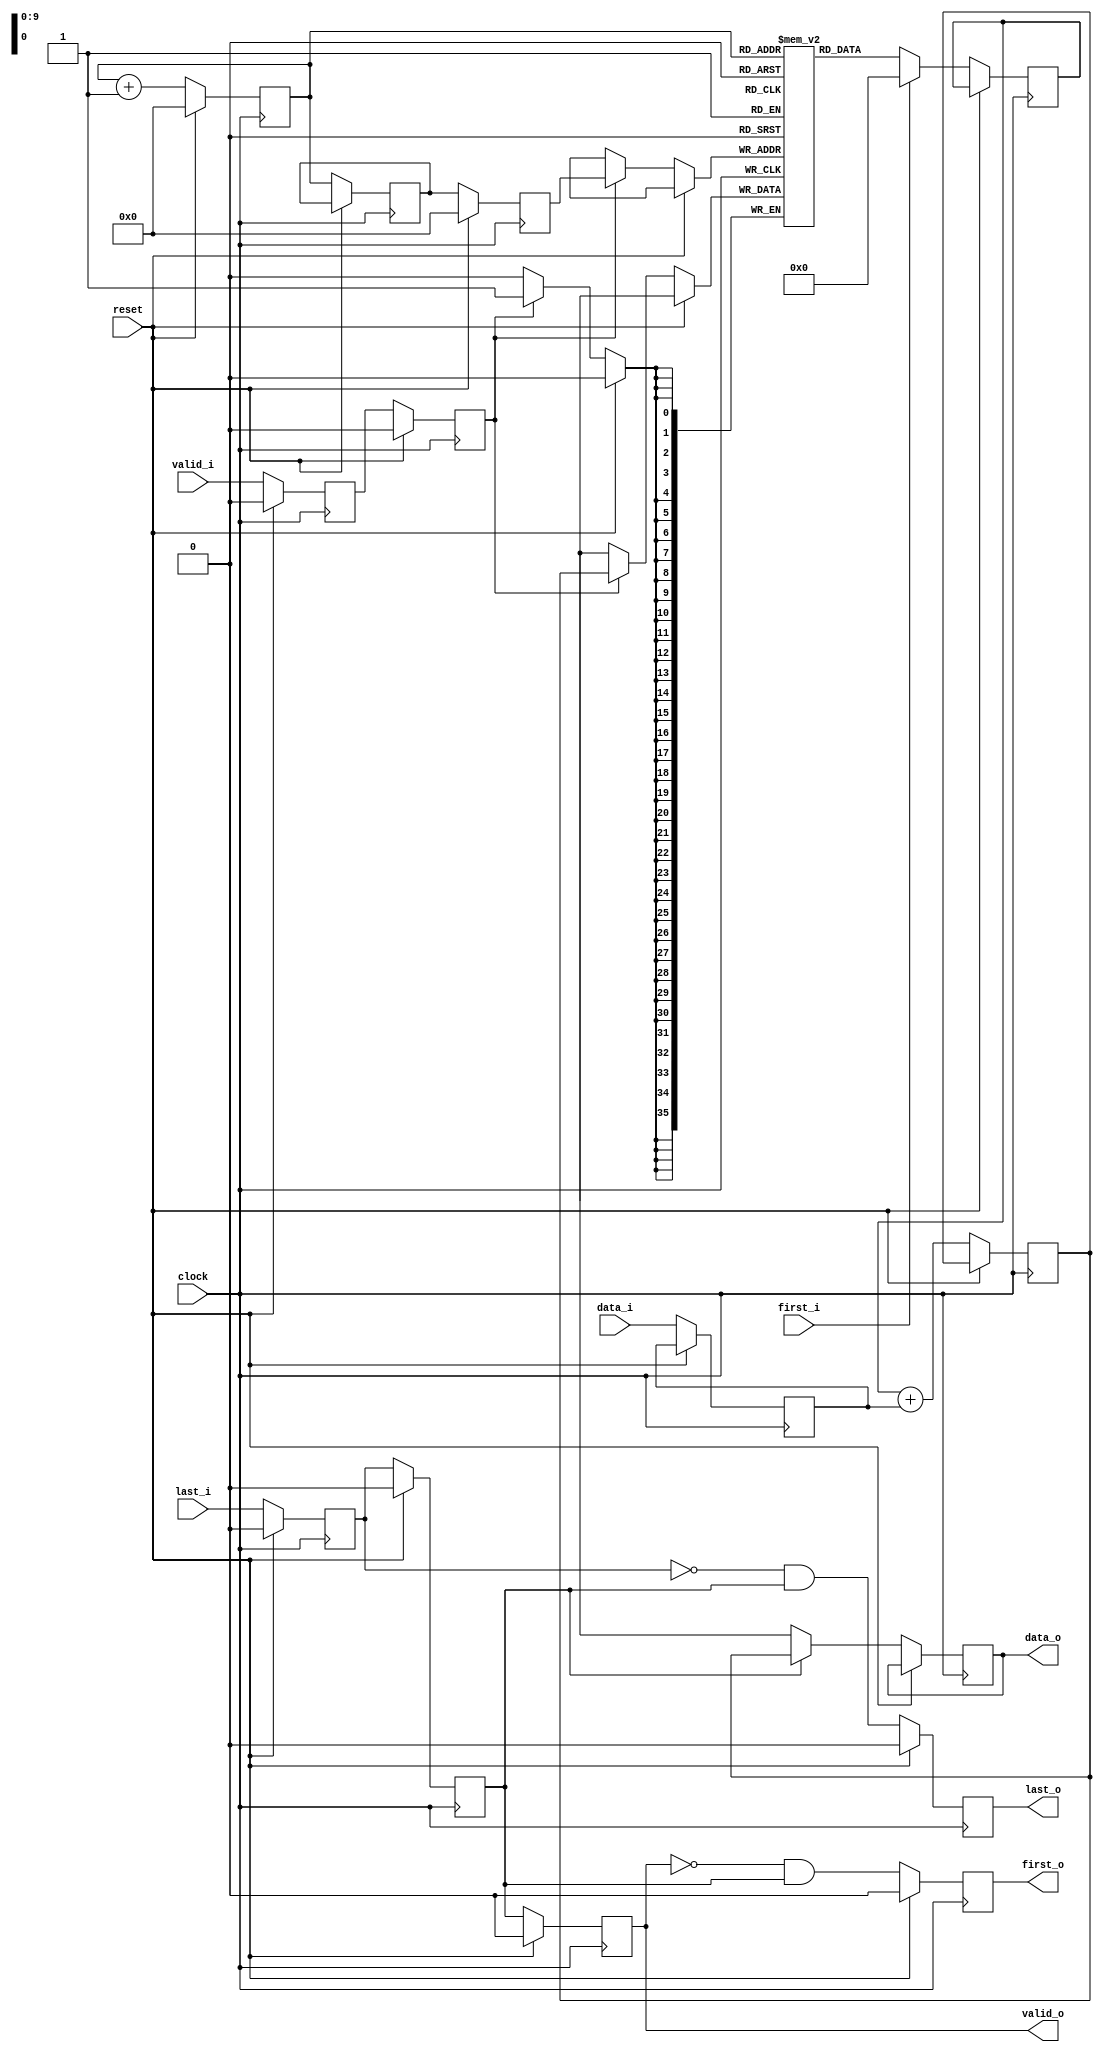
module visfinal #(
  // Input and output bit-widths
  parameter integer IBITS = 7,
  localparam integer ISB = IBITS - 1,

  parameter integer OBITS = 36,
  localparam integer OSB = OBITS - 1,

  // Total number of visibility components, and the number of required address
  // bits
  parameter integer NSUMS = 1024,
  localparam integer ABITS = $clog2(NSUMS),
  localparam integer ASB = ABITS - 1
) (
  input clock,
  input reset,

  // "Interleaved" AX4-Stream like interface, but with no backpressure
  input valid_i,
  input first_i,
  input last_i,
  input [ISB:0] data_i,

  // AX4-Stream like interface, but with no backpressure
  output valid_o,
  output first_o,
  output last_o,
  output [OSB:0] data_o
);

  //
  // todo: doesn't belong here? the 'last_i' signals should be used, so that the
  //   correlator-control module determines the number of partial-visibilities to
  //   accumulate?
  //
  // // Number of partial-sums to accumulate, per visibility component
  // parameter integer COUNT = 200_000;
  // parameter integer CBITS = 29;
  // localparam integer CSB = CBITS - 1;


  // -- Read-Modify-Write Unit -- //

  reg accum, alast;
  reg write, wlast;
  reg [ISB:0] adata;

  reg [OSB:0] vsums [NSUMS];
  reg [OSB:0] rdata, wdata;

  reg [ASB:0] raddr, aaddr, waddr;
  wire [ASB:0] rnext = raddr + 1;

  always @(posedge clock) begin
    if (reset) begin
      raddr <= {ABITS{1'b0}};
      waddr <= {ABITS{1'b0}};

      accum <= 1'b0;
      alast <= 1'b0;

      write <= 1'b0;
      wlast <= 1'b0;
    end else begin
      // Pipeline registers for the (SRAM-) read stage
      accum <= valid_i;
      alast <= last_i;
      adata <= data_i;
      aaddr <= raddr;

      if (valid_i && rnext == NSUMS) begin  // todo:
        raddr <= {ABITS{1'b0}};
      end else begin
        raddr <= rnext;
      end

      if (first_i) begin
        rdata <= {OBITS{1'b0}};
      end else begin
        rdata <= vsums[raddr];
      end

      // Pipeline registers for the accumulate stage
      write <= accum;
      wlast <= alast;
      waddr <= aaddr;
      wdata <= rdata + adata;

      // Write-back stage
      if (write) begin
        vsums[waddr] <= wdata;
      end
    end
  end


  // -- Generate output data stream -- //

  reg valid, first, olast;
  reg  [OSB:0] odata;
  reg  [ASB:0] count;
  wire [ASB:0] cnext = count + 1;

  assign valid_o = valid;
  assign first_o = first;
  assign last_o  = olast;
  assign data_o  = odata;

  always @(posedge clock) begin
    if (reset) begin
      valid <= 1'b0;
      first <= 1'b0;
      olast <= 1'b0;
      count <= {ABITS{1'b0}};
    end else begin
      // Output each of the last visibility-sums (from each correlator)
      valid <= wlast;
      first <= !valid && wlast;
      olast <= !alast && wlast;

      if (wlast) begin
        odata <= wdata;
      end else begin
        odata <= {OBITS{1'bx}};
      end

    end
  end

endmodule